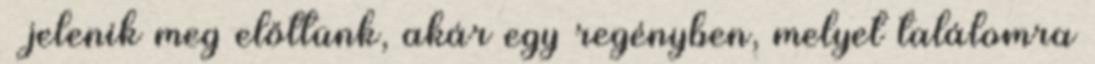
– jelenik meg előttünk, akár egy regényben, melyet találomra